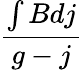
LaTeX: \frac{\int Bdj}{g-j}